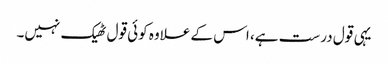
یہی قول درست ہے، اس کے علاوہ کوئی قول ٹھیک نہیں۔